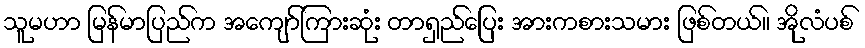
သူမဟာ မြန်မာပြည်က အကျော်ကြားဆုံး တာရှည်ပြေး အားကစားသမား ဖြစ်တယ်။ အိုလံပစ်